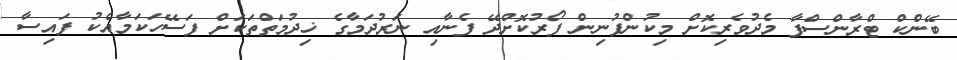
ބޭންކް ޓްރާންސްފާ މެދުވެރިކޮށް މިކުންފުނިން ފޯރުކޮށްދޭ ފެނާއި ނަރުދަމާގެ ޚިދުމަތްތަކަށް ފަސޭހަކަމާއެކު ފައިސާ